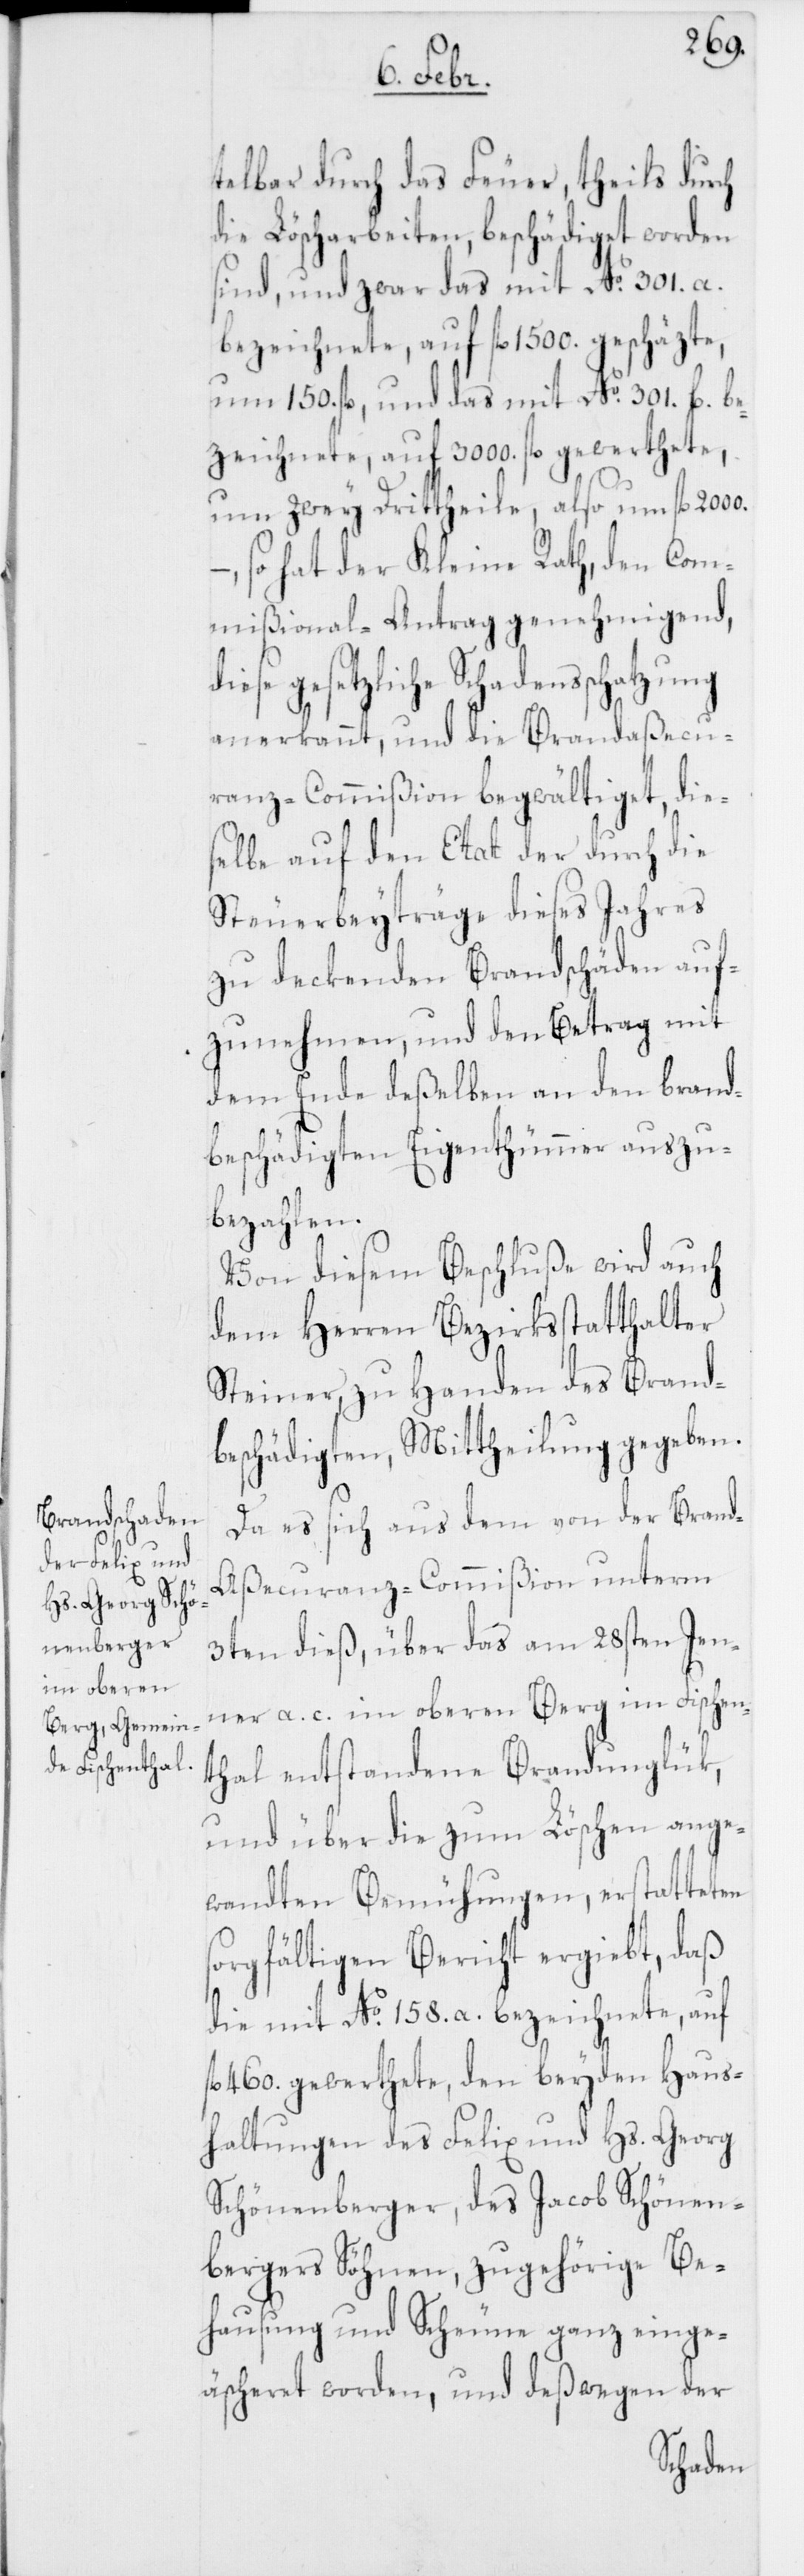
telbar durch das Feuer, theils durch
die Löscharbeiten, beschädiget worden
sind, und zwar das mit No. 301.a.
bezeichnete, auf fl. 1500. geschäzte,
um 150. fl., und das mit No. 301.b. be¬
zeichnete, auf 3000. fl. gewerthete,
um zwey Drittheile, also um fl. 2000.,
– so hat der Kleine Rath, den Com¬
mißional-Antrag genehmigend,
gesetzliche Schadensschatzung
anerkannt, und die Brandaßecu¬
ranz-Commißion begwältiget, die¬
selbe auf den Etat der durch die
Steuerbeyträge dieses Jahres
zu deckenden Brandschäden auf¬
zunehmen, und den Betrag mit
dem Ende deßelben an den brand¬
beschädigten Eigenthümmer auszu¬
bezahlen.
Von diesem Beschluße wird auch
dem Herren Bezirksstatthalter
Steiner, zu Handen des Brand¬
beschädigten, Mittheilung gegeben.
Da es sich aus dem von der Bran¬
d-Aßecuranz-Commißion unterm
3ten dieß, über das am 28sten Jen¬
ner a. c. im oberen Berg im Fischen¬
thal entstandene Brandunglük,
und über die zum Löschen ange¬
wandten Bemühungen, erstatteten
sorgfältigen Bericht ergiebt, daß
die mit No. 158.a. bezeichnete, auf
460. gewerthete, den beyden Haus¬
haltungen des Felix und Hs. Georg
Schönenberger, des Jacob Schönen¬
bergers Söhnen, zugehörige Be¬
hausung und Scheune ganz einge¬
äscheret worden, und deßwegen der